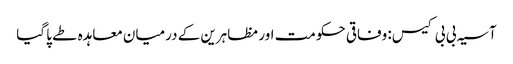
آسیہ بی بی کیس: وفاقی حکومت اور مظاہرین کے درمیان معاہدہ طے پا گیا